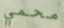
محمي